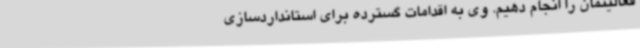
فعالیتمان را انجام دهیم. وی به اقدامات گسترده برای استانداردسازی